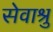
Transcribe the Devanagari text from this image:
सेवाश्रु